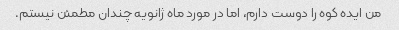
من ایده کوه را دوست دارم، اما در مورد ماه ژانویه چندان مطمئن نیستم.